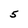
Character: 5